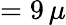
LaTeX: =9\, \mu